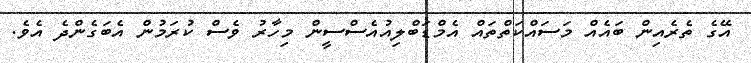
އޭގެ ތެރެއިން ބައެއް މަސައްކަތްތައް އެމްޑަބްލިއުއެސްސީން މިހާރު ވެސް ކުރަމުން އެބަގެންދެ އެވެ.